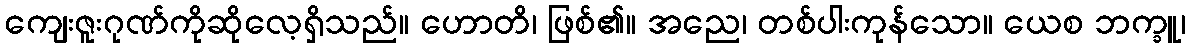
ကျေးဇူးဂုဏ်ကိုဆိုလေ့ရှိသည်။ ဟောတိ၊ ဖြစ်၏။ အညေ၊ တစ်ပါးကုန်သော။ ယေစ ဘက္ခူ၊